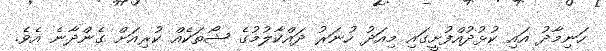
ހަނިމާދު އައި ކުޅުދުއްފުށީގައި މިއަދު ހުނަރު ދައްކާލުމުގެ ޝޯތަކެއް ކުރިއަށް ގެންދާނެ އެވެ.